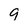
Character: 9